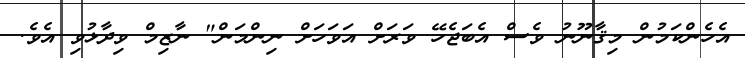
އެހެންކަމުން މިޤާނޫނު ވެސް އެބަޖެހޭ ވަރަށް އަވަހަށް ނިންމަން" ނާޒިމް ވިދާޅުވި އެވެ.